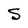
Character: S